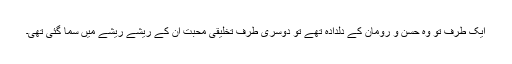
ایک طرف تو وہ حسن و رومان کے دلدادہ تھے تو دوسری طرف تخلیقی محبت ان کے ریشے ریشے میں سما گئی تھی۔